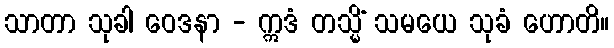
သာတာ သုခါ ဝေဒနာ - ဣဒံ တသ္မိံ သမယေ သုခံ ဟောတိ။